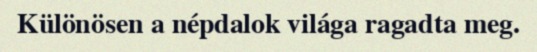
Különösen a népdalok világa ragadta meg.